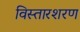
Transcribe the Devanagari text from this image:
विस्तारशरण